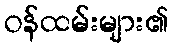
ဝန်ထမ်းများ၏